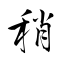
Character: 稍